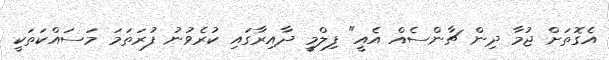
އެގޮތަށް ޖުމާ ދިން ޗާންސެއް އެއީ" ފިލްމީ ދާއިރާގައި ކުރެވުނު ފުރަތަމަ މަސައްކަތަކީ